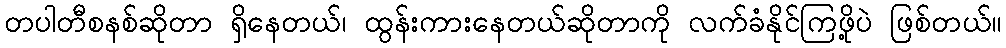
တပါတီစနစ်ဆိုတာ ရှိနေတယ်၊ ထွန်းကားနေတယ်ဆိုတာကို လက်ခံနိုင်ကြဖို့ပဲ ဖြစ်တယ်။